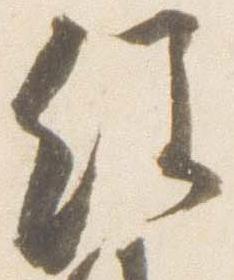
経